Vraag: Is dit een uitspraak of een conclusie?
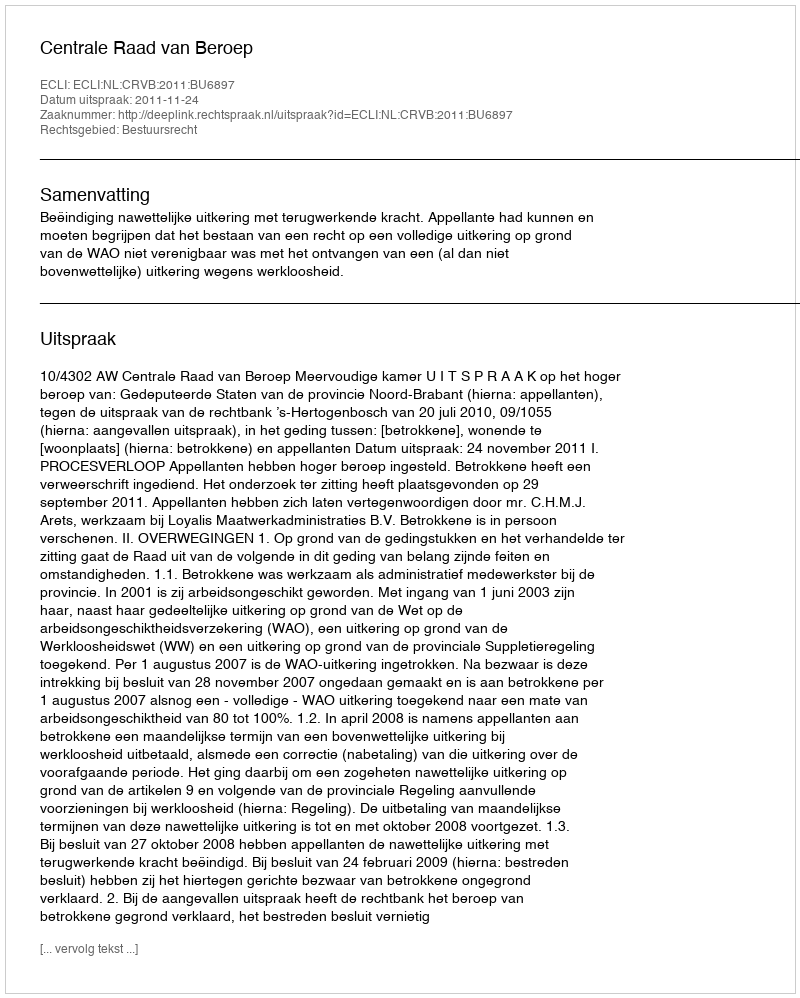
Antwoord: Uitspraak